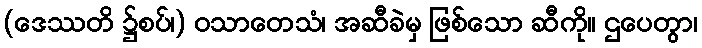
(ဒေဿတိ ၌စပ်၊) ဝသာတေသံ၊ အဆီခဲမှ ဖြစ်သော ဆီကို။ ဌပေတွာ၊